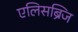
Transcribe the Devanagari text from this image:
एलिसब्रिज